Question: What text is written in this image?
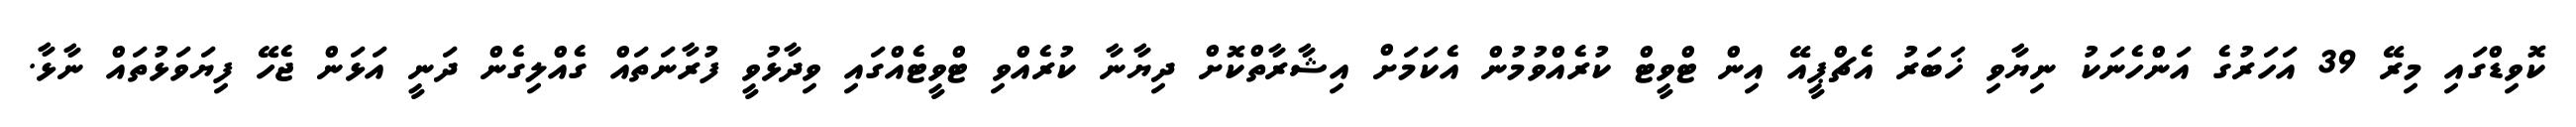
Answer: ކޮވިޑްގައި މިރޭ 39 އަހަރުގެ އަންހެނަކު ނިޔާވި ޚަބަރު އެޗްޕީއޭ އިން ޓްވީޓް ކުރެއްވުމުން އެކަމަށް އިޝާރާތްކޮށް ދިޔާނާ ކުރެއްވި ޓްވީޓެއްގައި ވިދާޅުވީ ފުރާނަތައް ގެއްލިގެން ދަނީ އަޅަން ޖެހޭ ފިޔަވަޅުތައް ނާޅާ.